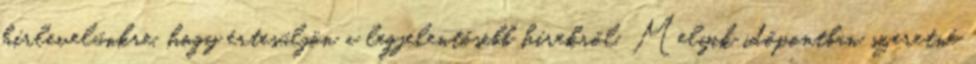
hírlevelünkre, hogy értesüljön a legjelentősebb hírekről. Melyik időpontban szeretné